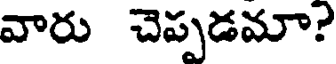
వారు చెప్పడమా?